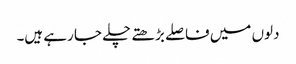
دلوں میں فاصلے بڑھتے چلے جا رہے ہیں۔